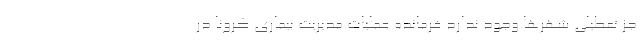
جز تعطیلی شهرها وجود ندارد فرمانده عملیات مدیریت بیماری کرونا در